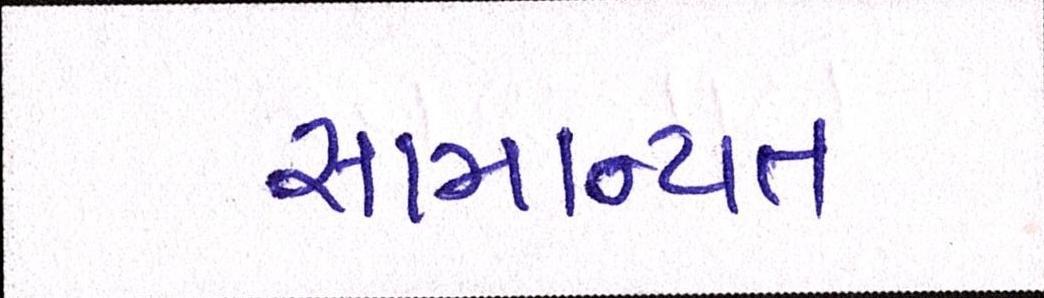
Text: સામાન્યતઃ